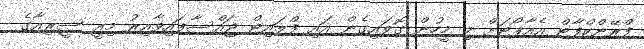
ފްރޭންކްފާޓް އެއާޕޯޓަށް މި މީހުން ގޮވައިގެން އައި ފްލައިޓް ޖައްސާފައިވާއިރު މިއީ ސީރިއާގެ